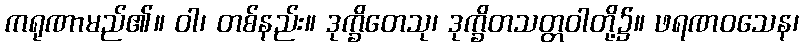
ကရုဏာမည်၏။ ဝါ၊ တစ်နည်း။ ဒုက္ခိတေသု၊ ဒုက္ခိတသတ္တဝါတို့၌။ ဖရဏဝသေန၊